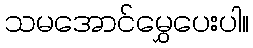
သမအောင်မွှေပေးပါ။